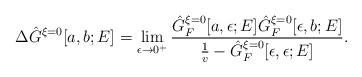
\begin{align*}\Delta \hat{G}^{\xi = 0}[a, b; E] = \lim_{\epsilon \rightarrow 0^+}\frac{\hat{G}_F^{\xi = 0}[a, \epsilon; E] \hat{G}_F^{\xi = 0}[\epsilon, b; E]} {\frac{1}{v} - \hat{G}_F^{\xi = 0}[\epsilon, \epsilon; E]}.\end{align*}